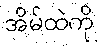
အိမ်ထဲကို